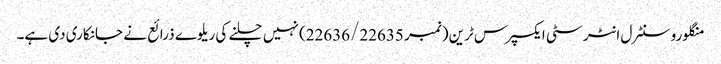
منگلورو سنٹرل انٹر سٹی ایکسپرس ٹرین (نمبر 22636/22635) نہیں چلنے کی ریلوے ذرائع نے جانکاری دی ہے۔